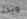
وبدء